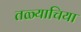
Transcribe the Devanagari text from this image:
तळ्याचिया